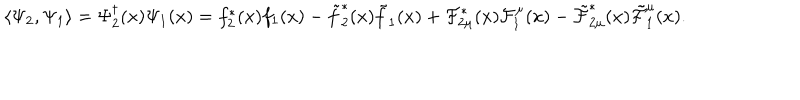
\langle \Psi _ { 2 } , \Psi _ { 1 } \rangle = \Psi _ { 2 } ^ { \dagger } ( x ) \Psi _ { 1 } ( x ) = f _ { 2 } ^ { * } ( x ) f _ { 1 } ( x ) - \tilde { f } _ { 2 } ^ { * } ( x ) \tilde { f } _ { 1 } ( x ) + { \cal F } _ { 2 \mu } ^ { * } ( x ) { \cal F } _ { 1 } ^ { \mu } ( x ) - \tilde { \cal F } _ { 2 \mu } ^ { * } ( x ) \tilde { \cal F } _ { 1 } ^ { \mu } ( x ) .